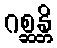
ဂစ္ဆန္တိ